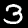
Digit: 3